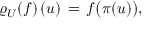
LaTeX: \lefteqn { \varrho _ { U } ( f ) \, ( u ) \, = \, f \big ( \pi ( u ) \big ) , }